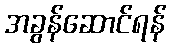
အခွန်ဆောင်ရန်